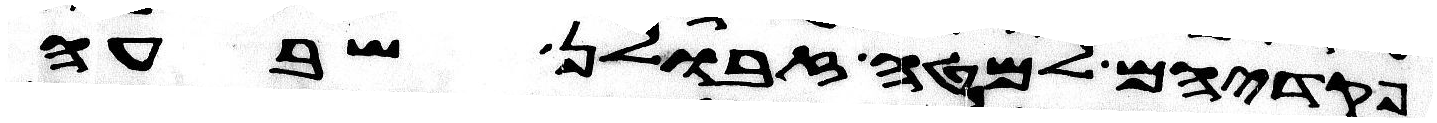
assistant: פקדיהם למטה זבולן שבעה